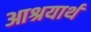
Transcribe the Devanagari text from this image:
आश्रयार्थ